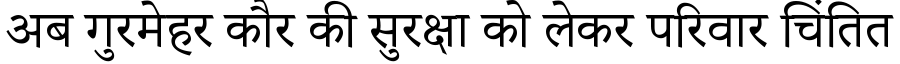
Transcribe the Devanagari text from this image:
अब गुरमेहर कौर की सुरक्षा को लेकर परिवार चिंतित